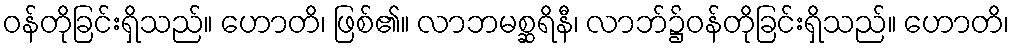
ဝန်တိုခြင်းရှိသည်။ ဟောတိ၊ ဖြစ်၏။ လာဘမစ္ဆရိနီ၊ လာဘ်၌ဝန်တိုခြင်းရှိသည်။ ဟောတိ၊